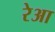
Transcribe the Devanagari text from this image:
रेआ